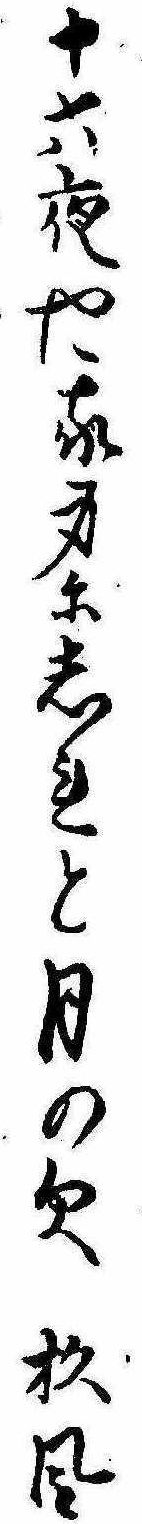
十六夜や我身にしれと月の欠杉風